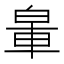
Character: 𨋧